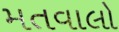
મતવાલો